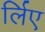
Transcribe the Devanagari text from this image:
र्लिए